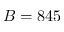
B = 8 4 5